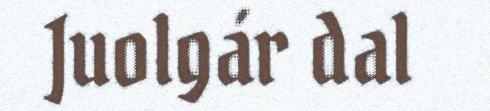
Juolgár dal